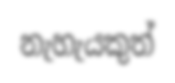
නැහැයකුත්